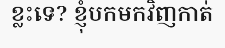
ខ្លះទេ? ខ្ញុំបកមកវិញកាត់